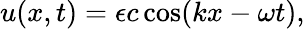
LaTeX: \begin{array}{r}{u(x,t)=\epsilon c\cos(kx-\omega t),}\end{array}